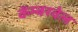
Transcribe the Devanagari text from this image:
कॅम्बरवेल